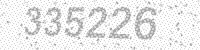
Solution: 335226